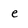
Character: e